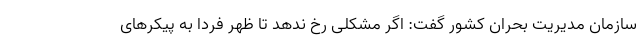
سازمان مدیریت بحران کشور گفت: اگر مشکلی رخ ندهد تا ظهر فردا به پیکرهای